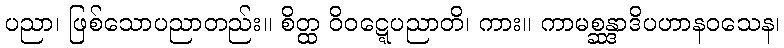
ပညာ၊ ဖြစ်သောပညာတည်း။ စိတ္ထ ဝိဝဋ္ဋေပညာတိ၊ ကား။ ကာမစ္ဆန္ဒာဒိပဟာနဝသေန၊